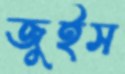
জুইস